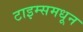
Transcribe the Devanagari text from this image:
टाइम्समधून